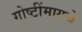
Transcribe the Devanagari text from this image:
गोष्टींमागचे